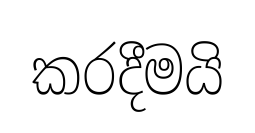
කරදීමයි